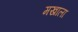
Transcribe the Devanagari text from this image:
मखाला